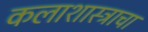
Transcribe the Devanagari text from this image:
कलाशास्त्राचा